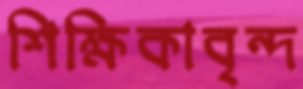
শিক্ষিকাবৃন্দ